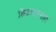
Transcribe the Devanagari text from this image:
शिकवतानाही